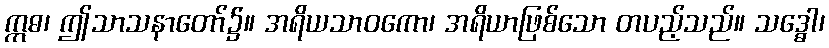
ဣဓ၊ ဤသာသနာတော်၌။ အရိယသာဝကော၊ အရိယာဖြစ်သော တပည့်သည်။ သဒ္ဓေါ၊